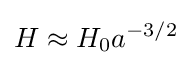
H\approx H_{0}a^{-{3/2}}